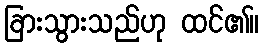
ခြားသွားသည်ဟု ထင်၏။